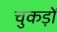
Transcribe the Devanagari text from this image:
चुकड़ों